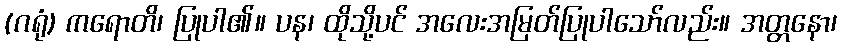
(ဂရုံ) ကရောတိ၊ ပြုပါ၏။ ပန၊ ထိုသို့ပင် အလေးအမြတ်ပြုပါသော်လည်း။ အတ္တနော၊